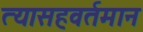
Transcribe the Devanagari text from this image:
त्यासहवर्तमान